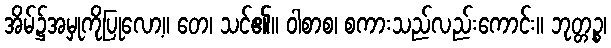
အိမ်၌အမှုကိုပြုလော့။ တေ၊ သင်၏။ ဝါစာစ၊ စကားသည်လည်းကောင်း။ ဘုတ္တဉ္စ၊